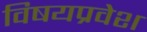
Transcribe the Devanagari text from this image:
विषयप्रवेश